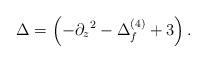
LaTeX: \begin{align*}\Delta=\left (-\partial_ z{}^2-\Delta^{(4)}_f+3\right).\end{align*}